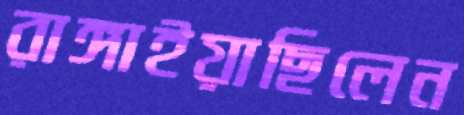
রাঙ্গাইয়াছিলেন